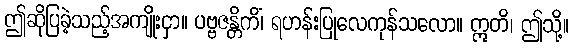
ဤဆိုပြခဲ့သည့်အကျိုးငှာ။ ပဗ္ဗဇန္တိကိံ၊ ရဟန်းပြုလေကုန်သလော။ ဣတိ၊ ဤသို့။